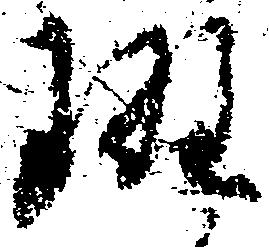
斑